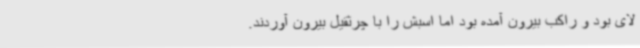
لای بود و راکب بیرون آمده بود اما اسبش را با چرثقیل بیرون آوردند.